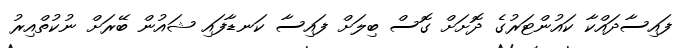
ފައިސާދައްކާ ކައުންޓަރުގެ ދޮށަށް ގޮސް ބިލަށް ފައިސާ ކަނޑާފައި ޝައުން ބޭރަށް ނުކުތްއިރު